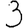
Digit: 3